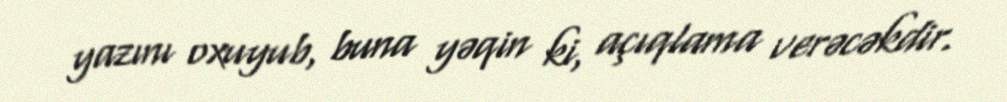
yazını oxuyub, buna yəqin ki, açıqlama verəcəkdir.